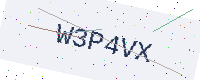
Text: W3P4VX